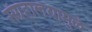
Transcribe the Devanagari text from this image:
संग्रहालयामुळे